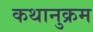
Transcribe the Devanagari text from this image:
कथानुक्रम